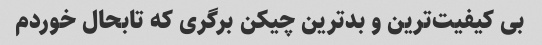
بی کیفیت‌ترین و بدترین چیکن برگری که تابحال خوردم